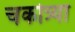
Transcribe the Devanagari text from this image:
चकोत्र्या